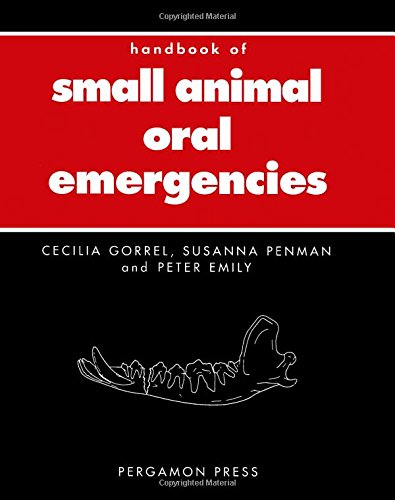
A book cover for Handbook of Small Animal Oral Emergencies (Pergamon Veterinary Handbook); Cecilia Gorrel; Medical Books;